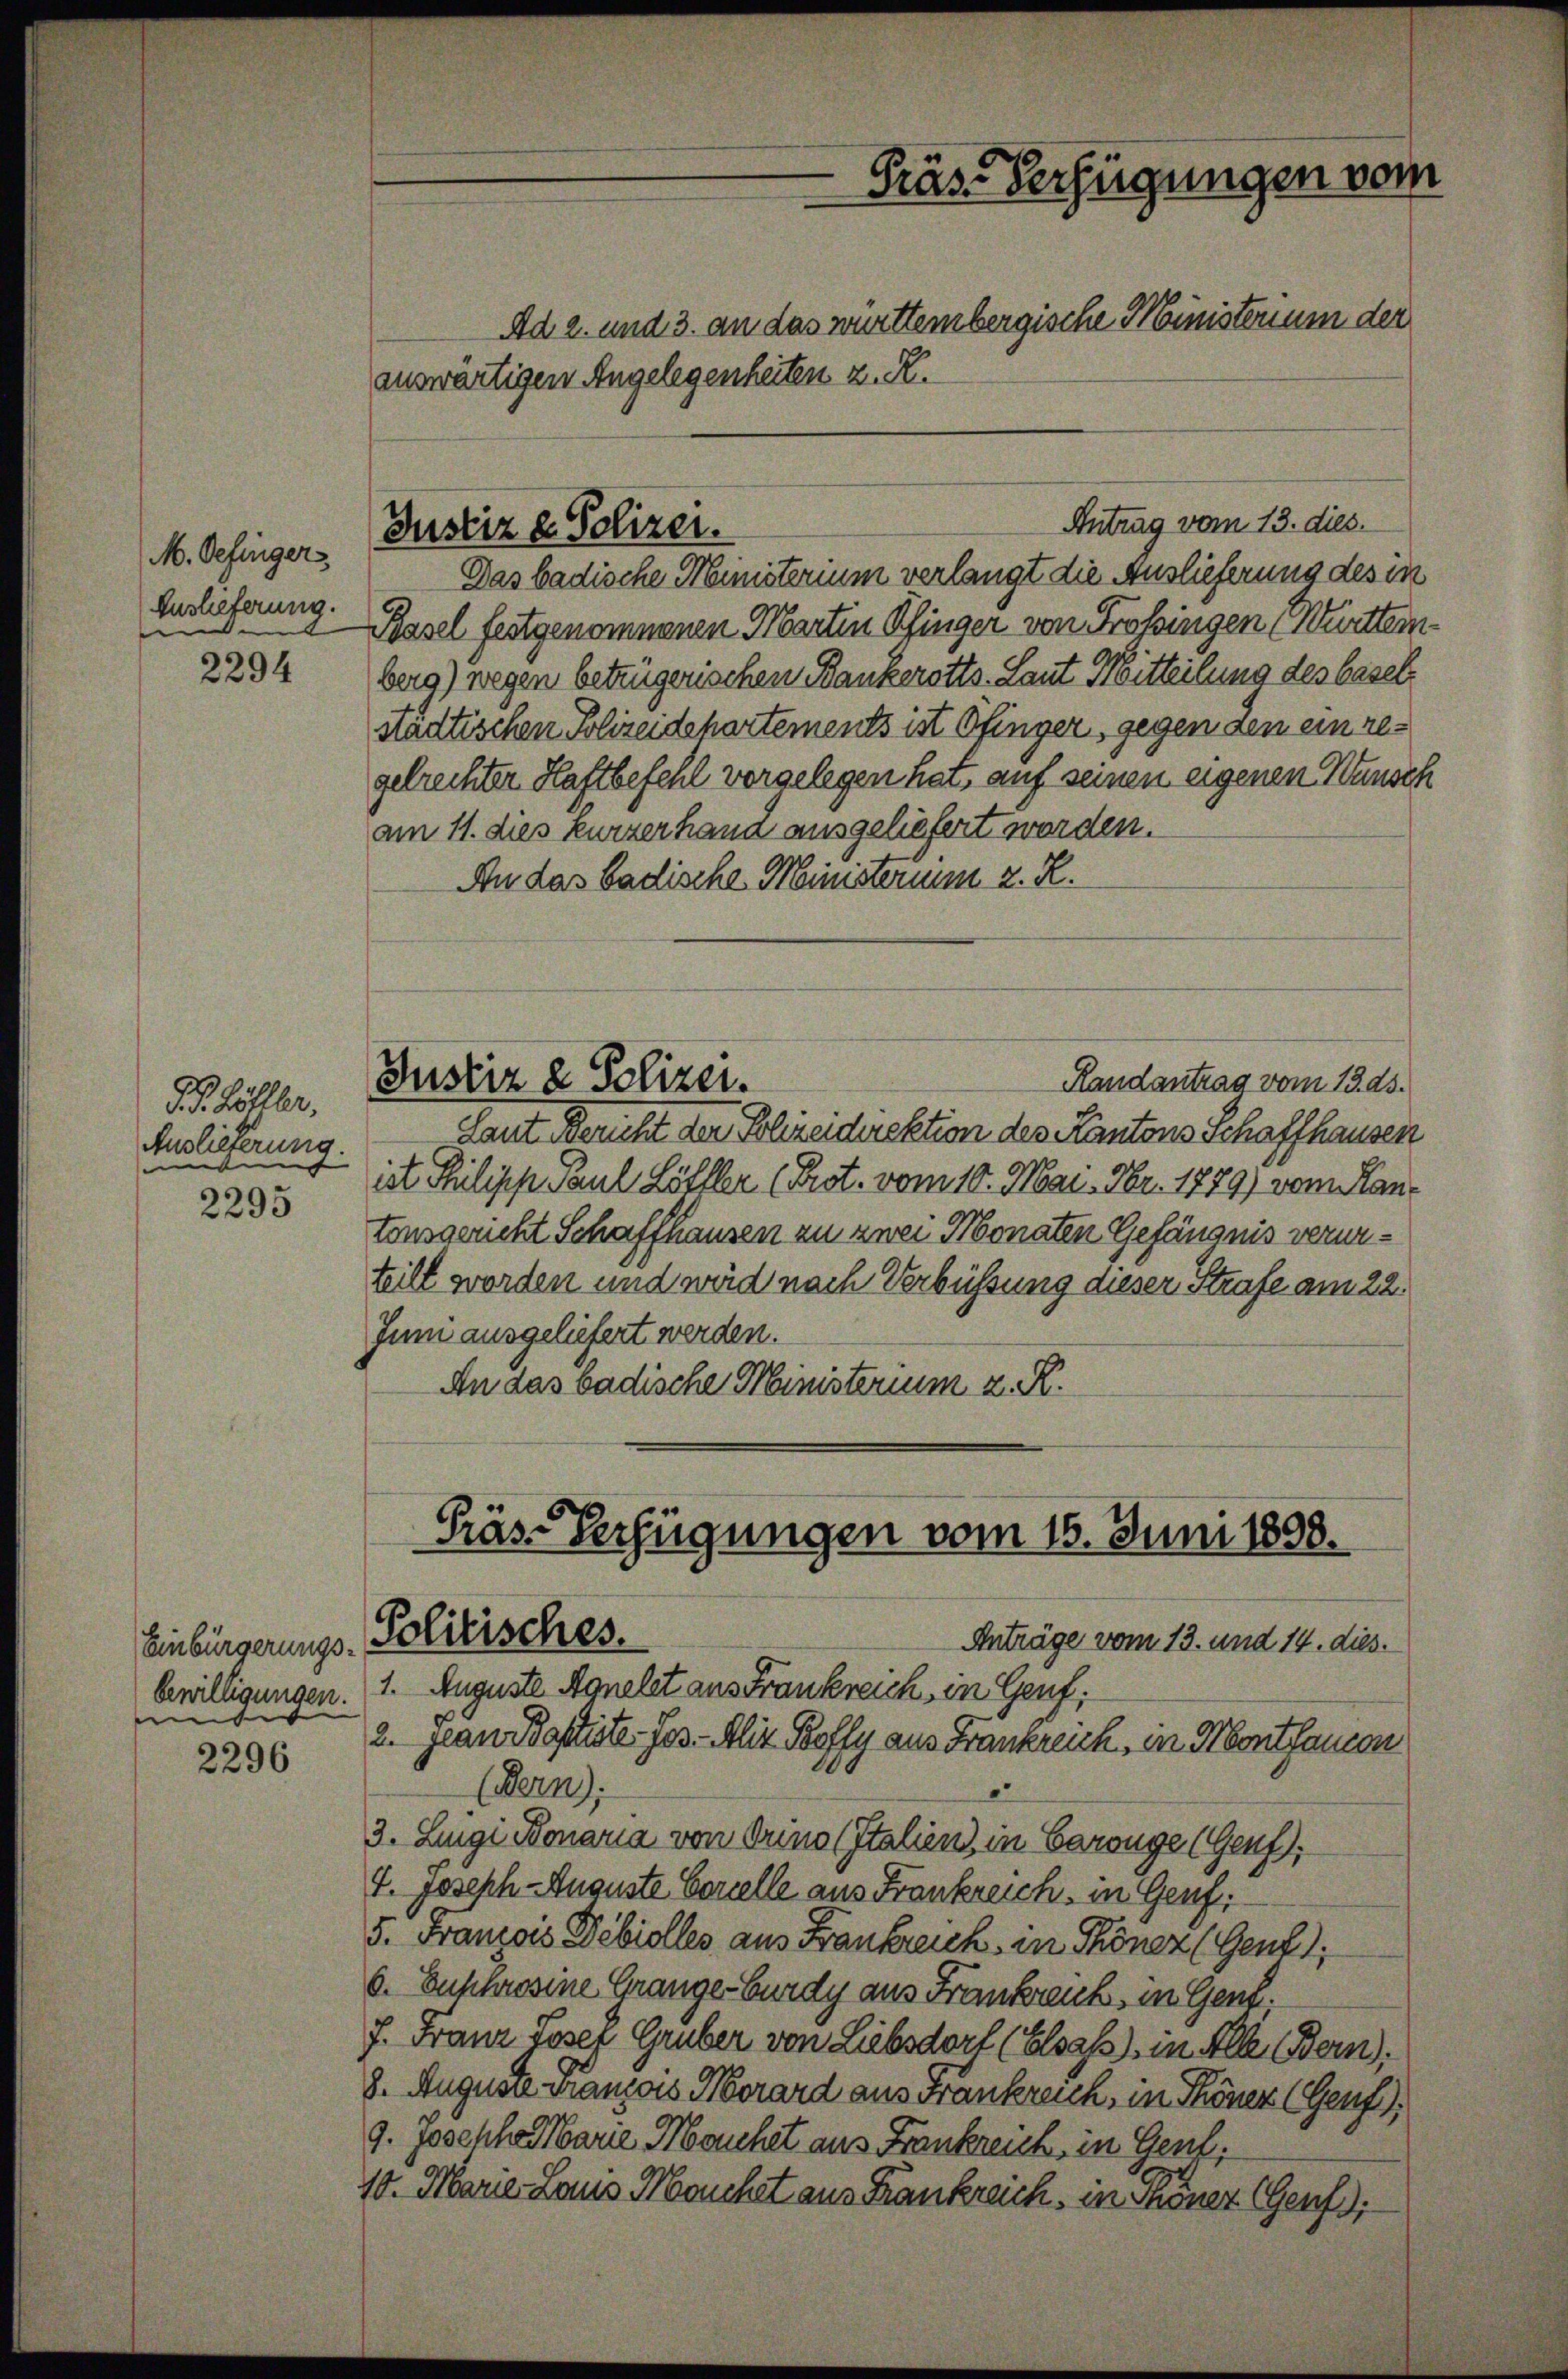
M. Oefinger
Auslieferung.
n

2294

d. P. Zöller.
Auslieferung.
me |
2295

2296

Einbürgerungs-
e

Justiz & Polizei.

bewilligungen. 1. Auguste Agnelet aus Frankreich, in Genf,

Präs. Verfügungen vom
Ad 2. und 3. an das württembergische Ministerium der
auswärtigen Angelegenheiten z. R.

Das badische Ministerium verlangt die Auslieferung des in
Basel festgenommenen Marten Pfinger von Profsingen Württemberg) wegen betrügerischen Bankerotts. Laut Mitteilung des basel
städtischen Polizeidehartements ist Ofinger, gegen den ein regelrechter Haftbefehl vorgelegen hat, auf seinen eigenen Wunsch
am 11. dies kurzerhand ausgeliefert worden.
An das badische Ministerium z. R.
Justiz & Polizei.
Randantrag vom 13. ds.
Laut Bericht der Polizeidirektion des Kantons Schaffhausen
ist Philipp Paul Lötller (Prot. vom 10. Mai, Nr. 1879) vom Kantonsgericht Schaffhausen zu zwei Monaten Gefängnis verurteilt worden und wird nach Verbüssung dieser Strafe am 22.
Juni ausgeliefert werden.
An das badische Ministerium u. R.

Präs-Verfügungen vom 15. Juni 1898.
Politisches.
Anträge vom 13. und 14. dies.

Antrag vom 13. dies.

2. Jean Pastiste. Jos. - Klie Poffy aus Frankreich, in Montanon
(Bern).
3. Luigi Bonaria von Orino (Italien) in Carouge (Genf),
V. Joseph-Auguste Corcelle aus Frankreich in Genf.
5. Franzows Debiolles aus Frankreich in Tönez (Genf),
6. Euschrosine Grangebürdy aus Frankreich in Gent,
f. Franz Josef Gruber von Liebsdorf (Elsass) in Alle Bern),
8. Auguste Franzois Morard aus Frankreich, in Thöner (Genf)
g. Josepha Marie Manchet aus Frankreich, in Genf.
10. Marie Laus Manchet aus Frankreich, in Schöner Genf,